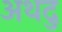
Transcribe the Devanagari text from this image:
अथदु